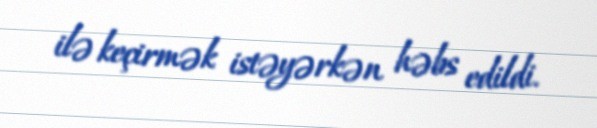
ilə keçirmək istəyərkən həbs edildi.